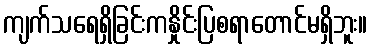
ကျက်သရေရှိခြင်းကနှိုင်းပြစရာတောင်မရှိဘူး။